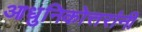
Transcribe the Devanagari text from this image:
आधुनिकोत्तरांनी